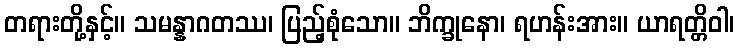
တရားတို့နှင့်။ သမန္နာဂတဿ၊ ပြည့်စုံသော။ ဘိက္ခုနော၊ ရဟန်းအား။ ယာရတ္တိဝါ၊